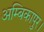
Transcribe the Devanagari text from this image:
अम्बिकापुर।